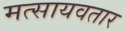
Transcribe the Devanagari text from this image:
मत्सायवतार